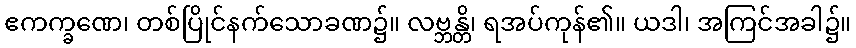
ဧကက္ခဏေ၊ တစ်ပြိုင်နက်သောခဏ၌။ လဗ္ဘန္တိ၊ ရအပ်ကုန်၏။ ယဒါ၊ အကြင်အခါ၌။